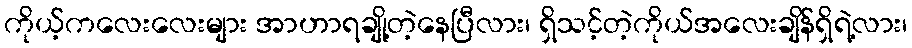
ကိုယ့်ကလေးလေးများ အာဟာရချို့တဲ့နေပြီလား၊ ရှိသင့်တဲ့ကိုယ်အလေးချိန်ရှိရဲ့လား၊